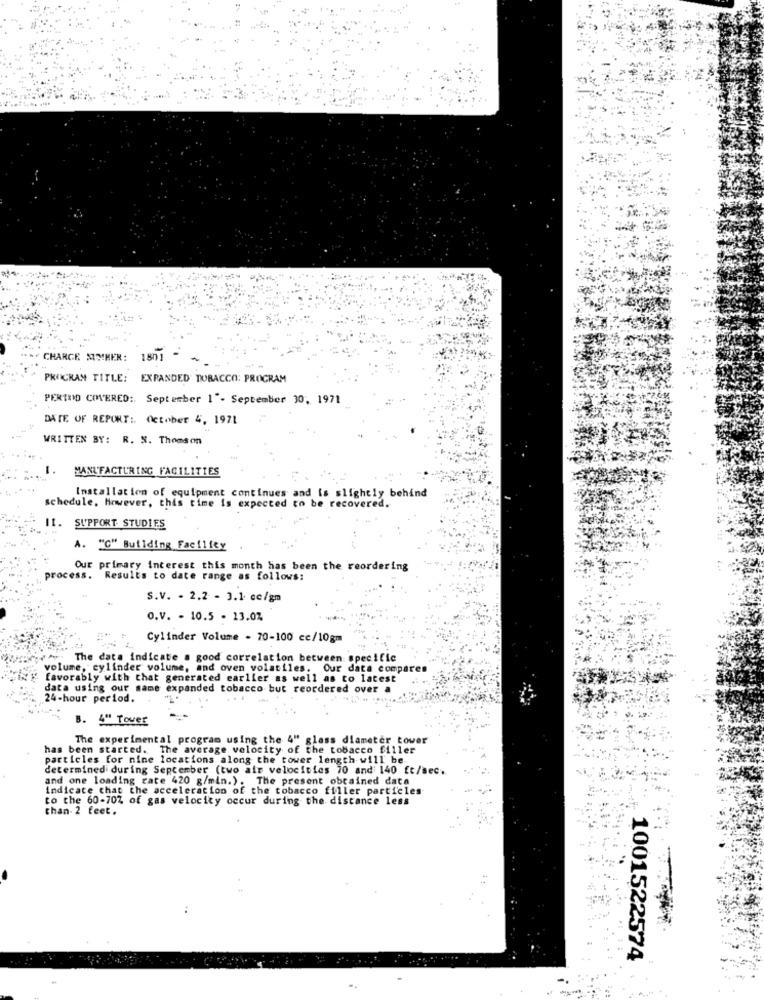
+ CHARGE MMMER:
1801
PROGRAM TITLE: EXPANDED TOBACCO: PROGRAM
PERIOD COVERED :. September 1". September 30, 1971
DATE OF REPORT :, October 4, 1971
WRITTEN BY: R. N. Thomson
MANUFACTURING FACILITIES
Installation of equipment continues and is slightly behind
schedule. However, this time is expected to be recovered.
I1. SUPPORT STUDIES
A. "G" Building Facility
Our primary interest this month has been the reordering
process. Results to date range as follows:
S.V. . 2.2 - 3.1 cc/gm
O.V. - 10.5 - 13.07
Cylinder Volume - 70-100 cc/10gm
The data indicate a good correlation between specific
volume, cylinder volume, and oven volatiles. Our data compares
favorably with that generated earlier as well as to latest
data using our same expanded tobacco but reordered over
24-hour period.
B. 4" Tower
The experimental program using the 4" glass diameter tower
has been started. The average velocity of the tobacco filler
particles for nine locations along the tower length will be.
determined during September (two air velocities 70 and 140 ft/sec.
and one loading cate 420 g/min.). The present obrained data
indicate that the acceleration of the tobacco filler particles
to the 60-70% of gas velocity occur during the distance less
than- 2 feet.
1001522574